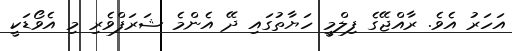
އަހަރު އެވެ. ރާއްޖޭގެ ފިލްމީ ހަޔާތުގައި ދޭ އެންމެ ޝަރަފްވެރި މި އެވޯޑަކީ